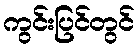
ကွင်းပြင်တွင်